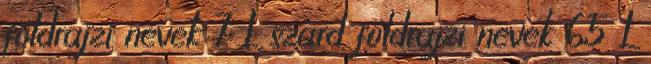
földrajzi nevek‎ 7 L szárd földrajzi nevek‎ 65 L